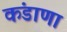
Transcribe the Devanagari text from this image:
कंडाणा